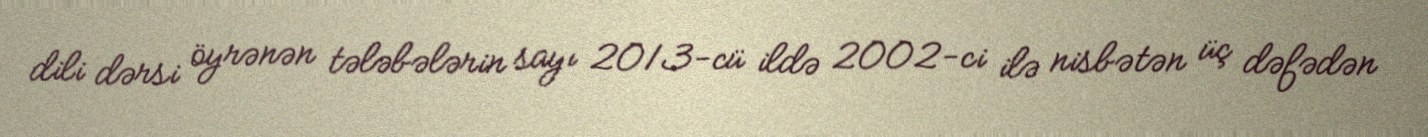
dili dərsi öyrənən tələbələrin sayı 2013-cü ildə 2002-ci ilə nisbətən üç dəfədən